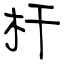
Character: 杆